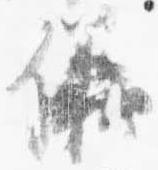
儀